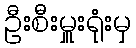
ဦးစီးမှူးရုံးမှ